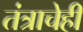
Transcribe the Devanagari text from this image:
तंत्राचेही